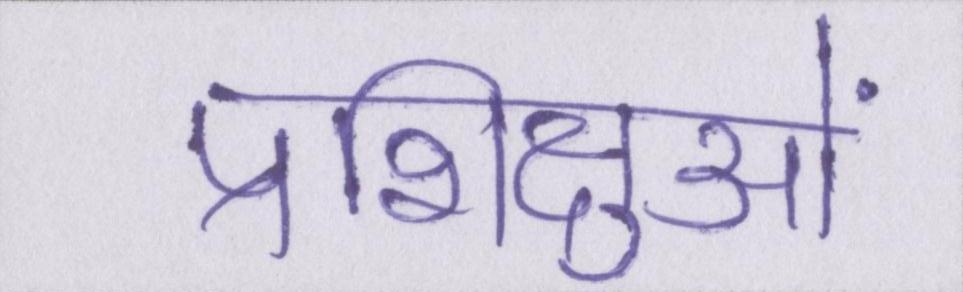
प्रशिक्षुओं